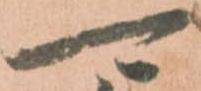
可